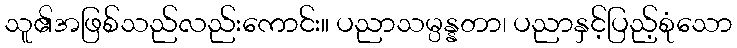
သူ၏အဖြစ်သည်လည်းကောင်း။ ပညာသမ္ပန္နတာ၊ ပညာနှင့်ပြည့်စုံသော